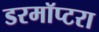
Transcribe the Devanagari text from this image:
डरमॉप्टरा